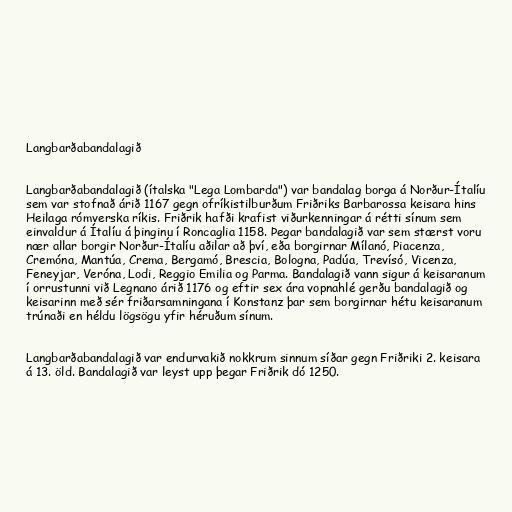
Langbarðabandalagið

Langbarðabandalagið (ítalska "Lega Lombarda") var bandalag borga á Norður-Ítalíu
sem var stofnað árið 1167 gegn ofríkistilburðum Friðriks Barbarossa keisara hins
Heilaga rómverska ríkis. Friðrik hafði krafist viðurkenningar á rétti sínum sem
einvaldur á Ítalíu á þinginu í Roncaglia 1158. Þegar bandalagið var sem stærst voru
nær allar borgir Norður-Ítalíu aðilar að því, eða borgirnar Mílanó, Piacenza,
Cremóna, Mantúa, Crema, Bergamó, Brescia, Bologna, Padúa, Trevísó, Vicenza,
Feneyjar, Veróna, Lodi, Reggio Emilia og Parma. Bandalagið vann sigur á keisaranum
í orrustunni við Legnano árið 1176 og eftir sex ára vopnahlé gerðu bandalagið og
keisarinn með sér friðarsamningana í Konstanz þar sem borgirnar hétu keisaranum
trúnaði en héldu lögsögu yfir héruðum sínum.

Langbarðabandalagið var endurvakið nokkrum sinnum síðar gegn Friðriki 2. keisara
á 13. öld. Bandalagið var leyst upp þegar Friðrik dó 1250.